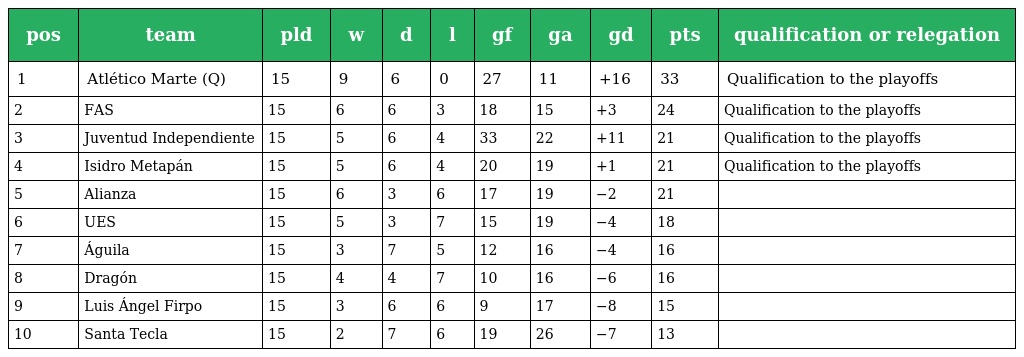
| pos | team | pld | w | d | l | gf | ga | gd | pts | qualification or relegation |
 | --- | --- | --- | --- | --- | --- | --- | --- | --- | --- | --- |
 | 1 | Atlético Marte (Q) | 15 | 9 | 6 | 0 | 27 | 11 | +16 | 33 | Qualification to the playoffs |
 | 2 | FAS | 15 | 6 | 6 | 3 | 18 | 15 | +3 | 24 | Qualification to the playoffs |
 | 3 | Juventud Independiente | 15 | 5 | 6 | 4 | 33 | 22 | +11 | 21 | Qualification to the playoffs |
 | 4 | Isidro Metapán | 15 | 5 | 6 | 4 | 20 | 19 | +1 | 21 | Qualification to the playoffs |
 | 5 | Alianza | 15 | 6 | 3 | 6 | 17 | 19 | −2 | 21 |  |
 | 6 | UES | 15 | 5 | 3 | 7 | 15 | 19 | −4 | 18 |  |
 | 7 | Águila | 15 | 3 | 7 | 5 | 12 | 16 | −4 | 16 |  |
 | 8 | Dragón | 15 | 4 | 4 | 7 | 10 | 16 | −6 | 16 |  |
 | 9 | Luis Ángel Firpo | 15 | 3 | 6 | 6 | 9 | 17 | −8 | 15 |  |
 | 10 | Santa Tecla | 15 | 2 | 7 | 6 | 19 | 26 | −7 | 13 |  |